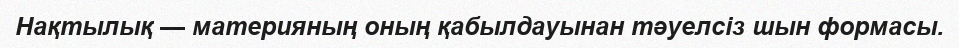
Нақтылық — материяның оның қабылдауынан тәуелсіз шын формасы.